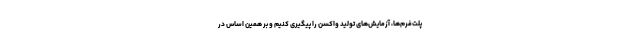
پلت‌فرم‌ها، آزمایش‌های تولید واکسن را پیگیری کنیم و بر همین اساس در